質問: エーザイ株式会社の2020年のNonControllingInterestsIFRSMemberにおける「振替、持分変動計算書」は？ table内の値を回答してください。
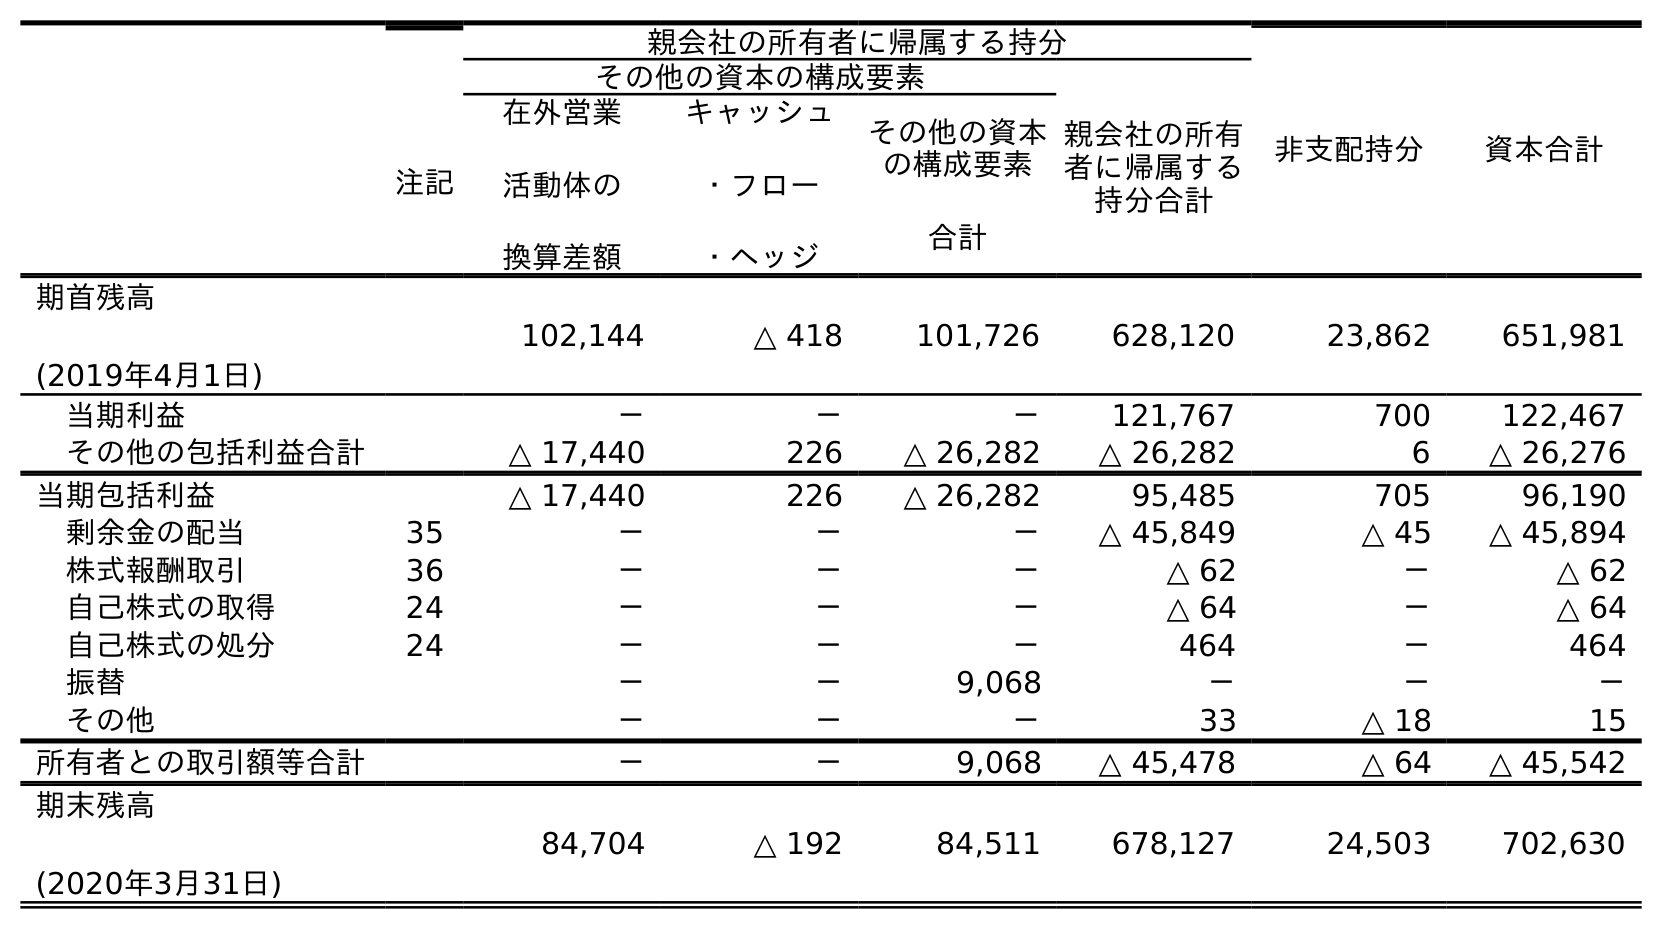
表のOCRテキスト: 注記 親会社の所有者に帰属する持分 非支配持分 資本合計 その他の資本の構成要素 親会社の所有 者に帰属する 持分合計 在外営業 活動体の 換算差額 キャッシュ ・フロー ・ヘッジ その他の資本 の構成要素 合計 期首残高 (2019年4月1日) 102,144 △ 418 101,726 628,120 23,862 651,981 当期利益 － － － 121,767 700 122,467 その他の包括利益合計 △ 17,440 226 △ 26,282 △ 26,282 6 △ 26,276 当期包括利益 △ 17,440 226 △ 26,282 95,485 705 96,190 剰余金の配当 35 － － － △ 45,849 △ 45 △ 45,894 株式報酬取引 36 － － － △ 62 － △ 62 自己株式の取得 24 － － － △ 64 － △ 64 自己株式の処分 24 － － － 464 － 464 振替 － － 9,068 － － － その他 － － － 33 △ 18 15 所有者との取引額等合計 － － 9,068 △ 45,478 △ 64 △ 45,542 期末残高 (2020年3月31日) 84,704 △ 192 84,511 678,127 24,503 702,630
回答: －